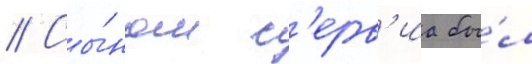
// Сы́ном с'ерв'иа бы́л